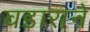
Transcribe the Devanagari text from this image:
वडाराने